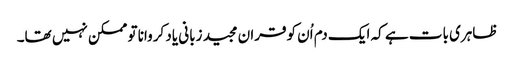
ظاہری بات ہے کہ ایک دم اُن کوقران مجید زبانی یاد کروانا تو ممکن نہیں تھا۔